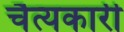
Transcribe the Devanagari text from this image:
चैत्यकारी